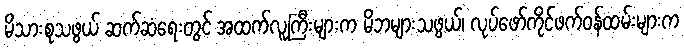
မိသားစုသဖွယ် ဆက်ဆံရေးတွင် အထက်လူကြီးများက မိဘများသဖွယ်၊ လုပ်ဖော်ကိုင်ဖက်ဝန်ထမ်းများက